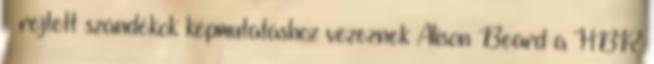
– rejtett szándékok képmutatáshoz vezeznek Alison Beard a HBR